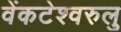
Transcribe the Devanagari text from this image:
वेंकटेश्वरुलु